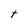
Character: t